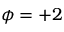
\phi = + 2